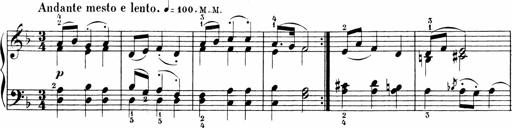
Title: Sonatinen Op.47, 98 und 136, nebst 6 Liedersonatinen
Composer: Carl Reinecke